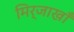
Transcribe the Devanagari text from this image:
मिर्जाखाँ